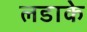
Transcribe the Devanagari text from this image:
लडाके